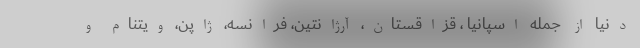
دنیا از جمله اسپانیا ، قزاقستان، آرژانتین، فرانسه، ژاپن، ویتنام و